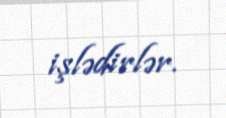
işlədirlər.